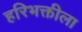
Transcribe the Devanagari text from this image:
हरिभक्तीला